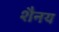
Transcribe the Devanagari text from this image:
शैनय